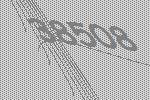
38508